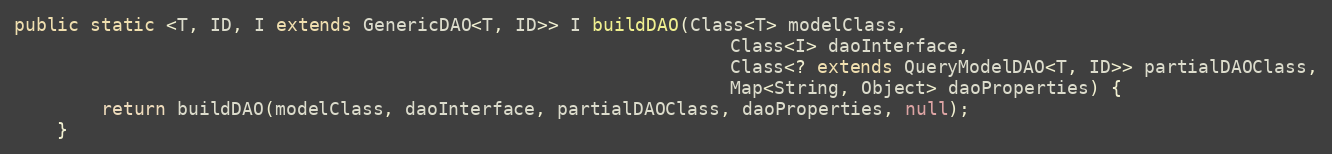
Language: Java
public static <T, ID, I extends GenericDAO<T, ID>> I buildDAO(Class<T> modelClass,
                                                                  Class<I> daoInterface,
                                                                  Class<? extends QueryModelDAO<T, ID>> partialDAOClass,
                                                                  Map<String, Object> daoProperties) {
        return buildDAO(modelClass, daoInterface, partialDAOClass, daoProperties, null);
    }